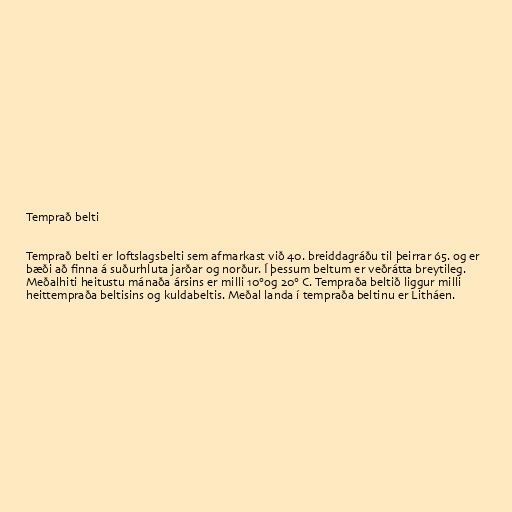
Temprað belti

Temprað belti er loftslagsbelti sem afmarkast við 40. breiddagráðu til þeirrar 65. og er
bæði að finna á suðurhluta jarðar og norður. Í þessum beltum er veðrátta breytileg.
Meðalhiti heitustu mánaða ársins er milli 10°og 20° C. Tempraða beltið liggur milli
heittempraða beltisins og kuldabeltis. Meðal landa í tempraða beltinu er Litháen.